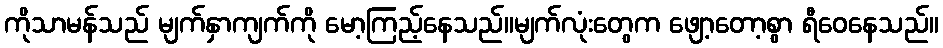
ကိုသာမန်သည် မျက်နှာကျက်ကို မော့ကြည့်နေသည်။မျက်လုံးတွေက ဖျော့တော့စွာ ရီဝေနေသည်။